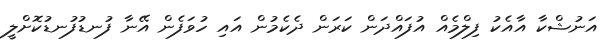
އަނުޝްކާ އާއެކު ފިލްމެއް އުފައްދަން ކަރަން ދެކެމުން އައި ހުވަފެން އޭނާ ފުނޑުފުނޑުކޮށްލީ